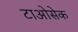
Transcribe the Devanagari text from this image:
टाओसेक